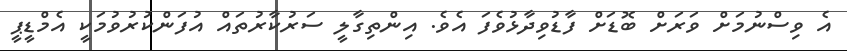
އެ ވިސްނުމަށް ވަރަށް ބޮޑަށް ފާޑުވިދާޅުވެފަ އެވެ. އިންތިގާލީ ސަރުކާރުތައް އުފަންކުރުވުމަކީ އެމްޑީޕީ